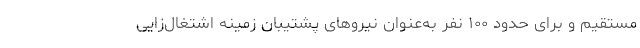
مستقیم و برای حدود ۱۰۰ نفر به‌عنوان نیرو‌های پشتیبان زمینه اشتغال‌زایی